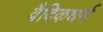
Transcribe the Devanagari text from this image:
वैदिकधर्म